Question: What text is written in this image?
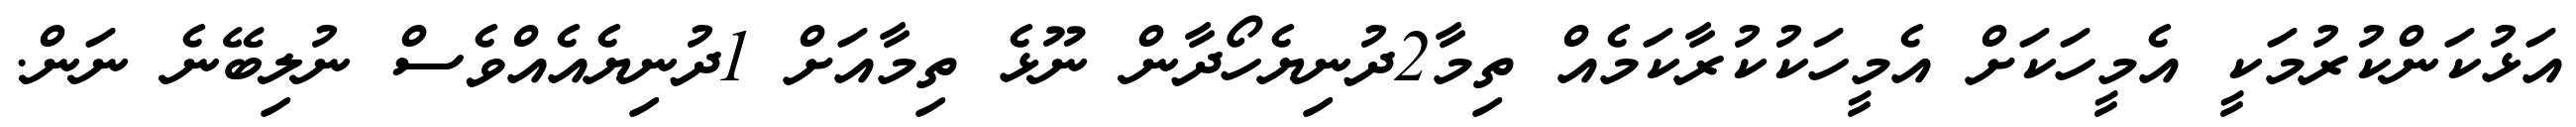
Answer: އަޅުކަންކުރުމަކީ އެމީހަކަށް އެމީހަކުކުރާކަމެއް ތިމާ2ދުނިޔެހޯދާން ނޫޅެ ތިމާއަށް 1ދުނިޔެއެއްވެސް ނުލިބޭނެ ނަން.